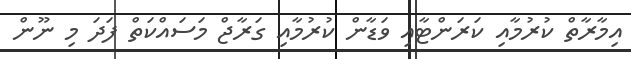
އިމާރާތް ކުރުމާއި ކަރަންޓާއި ވަޑާން ކުރުމާއި ގަރާޖް މަސައްކަތް ފަދަ މި ނޫން